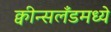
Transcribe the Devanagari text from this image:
क्वीन्सलँडमध्ये